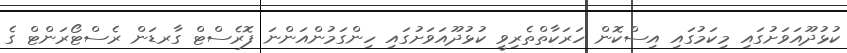
ކުޅުދޫއަވަށުގައި މިކަމުގައި އިސްކޮން ހަރަކާތްތެރިވީ ކުޅުދޫއަވަށުގައި ހިންގަމުންއަންނަ ފޮރެސްޓް ގާރޑަން ރެސްޓޯރަންޓް ގެ